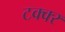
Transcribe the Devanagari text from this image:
टक्क्‍र